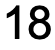
18